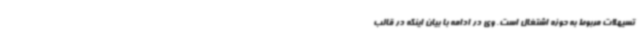
تسیهلات مربوط به حوزه اشتغال است. وی در ادامه با بیان اینکه در قالب